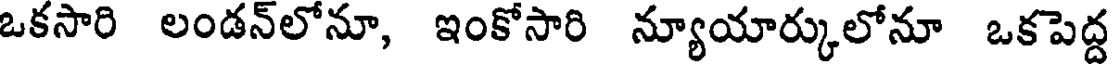
ఒకసారి లండన్లోనూ, ఇంకోసారి న్యూయార్కులోనూ ఒకపెద్ద